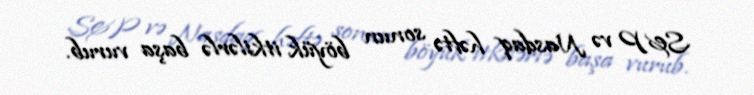
S&P və Nasdaq həftə sonun böyük itkilərlə başa vurub.